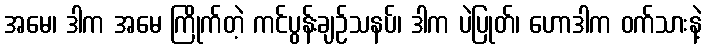
အမေ၊ ဒါက အမေ ကြိုက်တဲ့ ကင်ပွန်းချဉ်သနပ်၊ ဒါက ပဲပြုတ်၊ ဟောဒါက ဝက်သားနဲ့